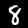
Digit: 8